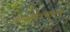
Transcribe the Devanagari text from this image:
भानसोल्लासमु